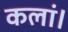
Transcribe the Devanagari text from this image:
कलां।